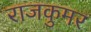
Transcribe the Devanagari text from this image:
राजकुमर